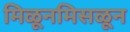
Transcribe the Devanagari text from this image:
मिळूनमिसळून